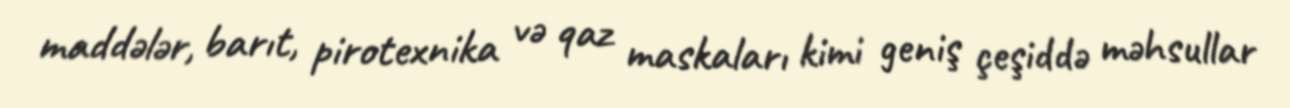
maddələr, barıt, pirotexnika və qaz maskaları kimi geniş çeşiddə məhsullar